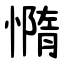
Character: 憜